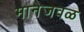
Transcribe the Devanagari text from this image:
मानेजवळ